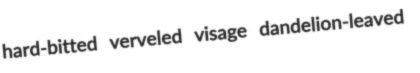
hard-bitted verveled visage dandelion-leaved